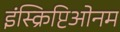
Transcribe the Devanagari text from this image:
इंस्क्रिप्टिओनम